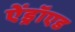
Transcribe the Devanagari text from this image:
ऐंड्रॉएड